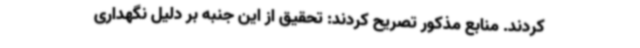
کردند. منابع مذکور تصریح کردند: تحقیق از این جنبه بر دلیل نگهداری